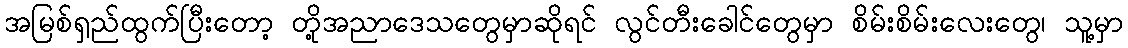
အမြစ်ရှည်ထွက်ပြီးတော့ တို့အညာဒေသတွေမှာဆိုရင် လွင်တီးခေါင်တွေမှာ စိမ်းစိမ်းလေးတွေ၊ သူ့မှာ